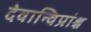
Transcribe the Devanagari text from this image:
देवान्विप्रांश्च